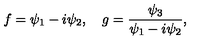
f = \psi _ { 1 } - i \psi _ { 2 } , \quad g = { \frac { \psi _ { 3 } } { \psi _ { 1 } - i \psi _ { 2 } } } ,